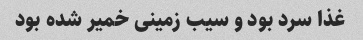
غذا سرد بود و سیب زمینی خمیر شده بود